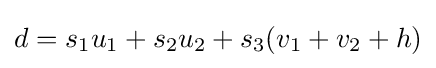
d=s_{1}u_{1}+s_{2}u_{2}+s_{3}(v_{1}+v_{2}+h)